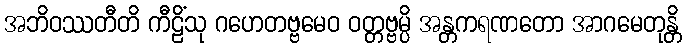
အဘိဝဿတီတိ ကီဠိံသု ဂဟေတဗ္ဗမေဝ ဝတ္တဗ္ဗမ္ပိ အန္တကရဏတော အာဂမေတုန္တိ